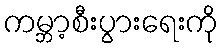
ကမ္ဘာ့စီးပွားရေးကို